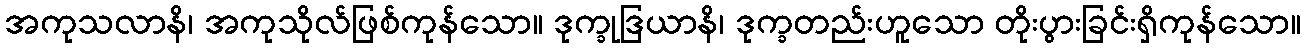
အကုသလာနိ၊ အကုသိုလ်ဖြစ်ကုန်သော။ ဒုက္ခုဒြယာနိ၊ ဒုက္ခတည်းဟူသော တိုးပွားခြင်းရှိကုန်သော။